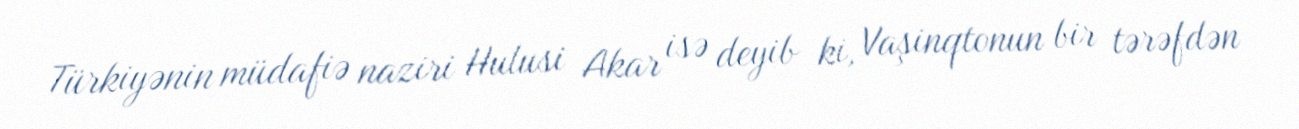
Türkiyənin müdafiə naziri Hulusi Akar isə deyib ki, Vaşinqtonun bir tərəfdən